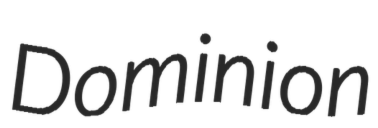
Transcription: Dominion